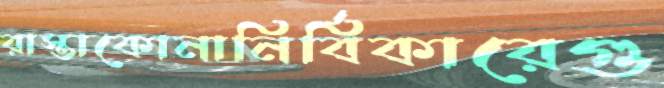
রাস্তাকোনানির্বিকারেগু